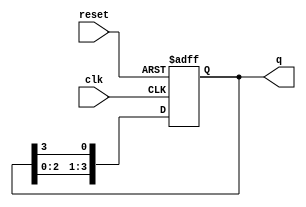
module bistable_ring_counter (
    input wire clk,         // Clock input
    input wire reset,       // Asynchronous reset
    output reg [N-1:0] q    // Output state of the counter
);
    parameter N = 4;        // Number of flip-flops (bits in the counter)
    
    // Initial state
    initial begin
        q = 1'b1;           // Set initial state to 0001 for N=4
    end

    always @(posedge clk or posedge reset) begin
        if (reset) begin
            q <= 1'b1;      // Reset to initial state
        end else begin
            // Shift the '1' to the right
            q <= {q[N-2:0], q[N-1]}; // Shift right and wrap around
        end
    end
endmodule